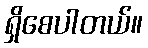
ရှိစေပါတယ်။